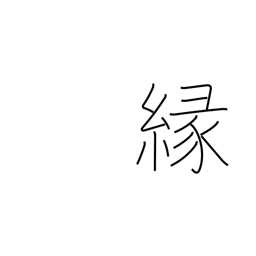
Meaning: affinity